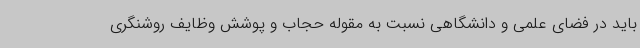
باید در فضای علمی و دانشگاهی نسبت به مقوله حجاب و پوشش وظایف روشنگری